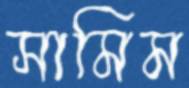
সামিম